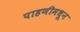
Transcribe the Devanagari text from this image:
पाहणीमधून